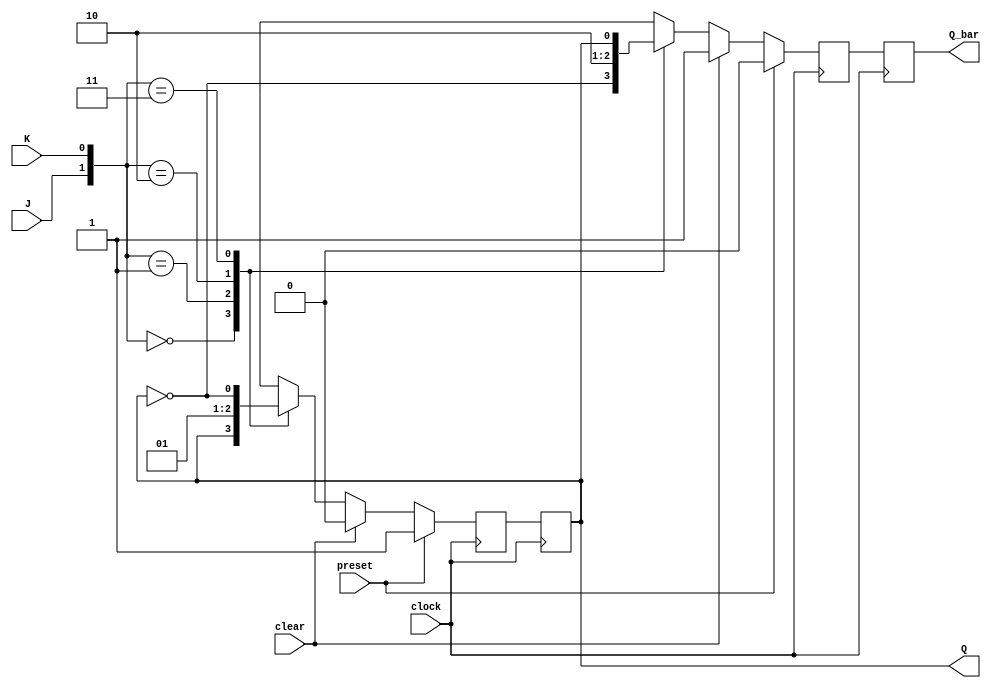
module jk_ff(
    input wire J, // Input data
    input wire K, // Input control
    input wire clock, // Clock input
    input wire preset, // Synchronous preset input
    input wire clear, // Synchronous clear input
    output reg Q, // Output data
    output reg Q_bar // Complementary output data
);

reg Q_next, Q_bar_next;

always @(posedge clock) begin
    if (preset) begin
        Q_next <= 1'b1;
        Q_bar_next <= 1'b0;
    end else if (clear) begin
        Q_next <= 1'b0;
        Q_bar_next <= 1'b1;
    end else begin
        case({J, K})
            2'b00: begin // No change
                Q_next <= Q;
                Q_bar_next <= ~Q;
            end
            2'b01: begin // Clear
                Q_next <= 1'b0;
                Q_bar_next <= 1'b1;
            end
            2'b10: begin // Set
                Q_next <= 1'b1;
                Q_bar_next <= 1'b0;
            end
            2'b11: begin // Toggle
                Q_next <= ~Q;
                Q_bar_next <= Q;
            end
        endcase
    end
end

always @(negedge clock) begin
    Q <= Q_next;
    Q_bar <= Q_bar_next;
end

endmodule